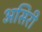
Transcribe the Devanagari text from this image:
असिरी